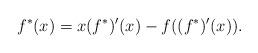
LaTeX: \begin{align*}f^\ast(x)=x(f^\ast)'(x)-f((f^\ast)'(x)).\end{align*}